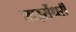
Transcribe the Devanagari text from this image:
लाइसेंधरी